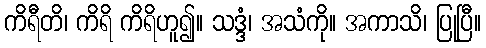
ကိရီတိ၊ ကိရိ ကိရိဟူ၍။ သဒ္ဒံ၊ အသံကို။ အကာသိ၊ ပြုပြီ။